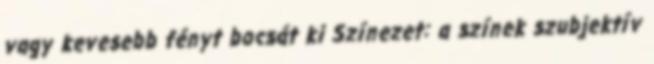
vagy kevesebb fényt bocsát ki Színezet: a színek szubjektív